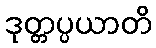
ဒုတ္တပ္ပယာတိ